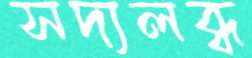
সদ্যলব্ধ